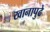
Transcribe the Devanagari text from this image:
खानापुढे